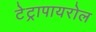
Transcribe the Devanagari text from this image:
टेट्रापायरोल